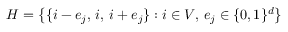
H = \big \{ \{ i - e _ { j } , \, i , \, i + e _ { j } \} : i \in V , \, e _ { j } \in \{ 0 , 1 \} ^ { d } \big \}